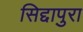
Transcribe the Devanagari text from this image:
सिद्दापुरा